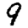
Digit: 9